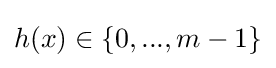
h(x)\in \{0,...,m-1\}